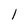
Character: l